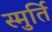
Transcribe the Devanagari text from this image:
स्मुर्ति